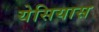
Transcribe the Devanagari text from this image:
येसियास